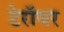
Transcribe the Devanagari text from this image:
टेरॉयर